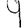
Digit: 9